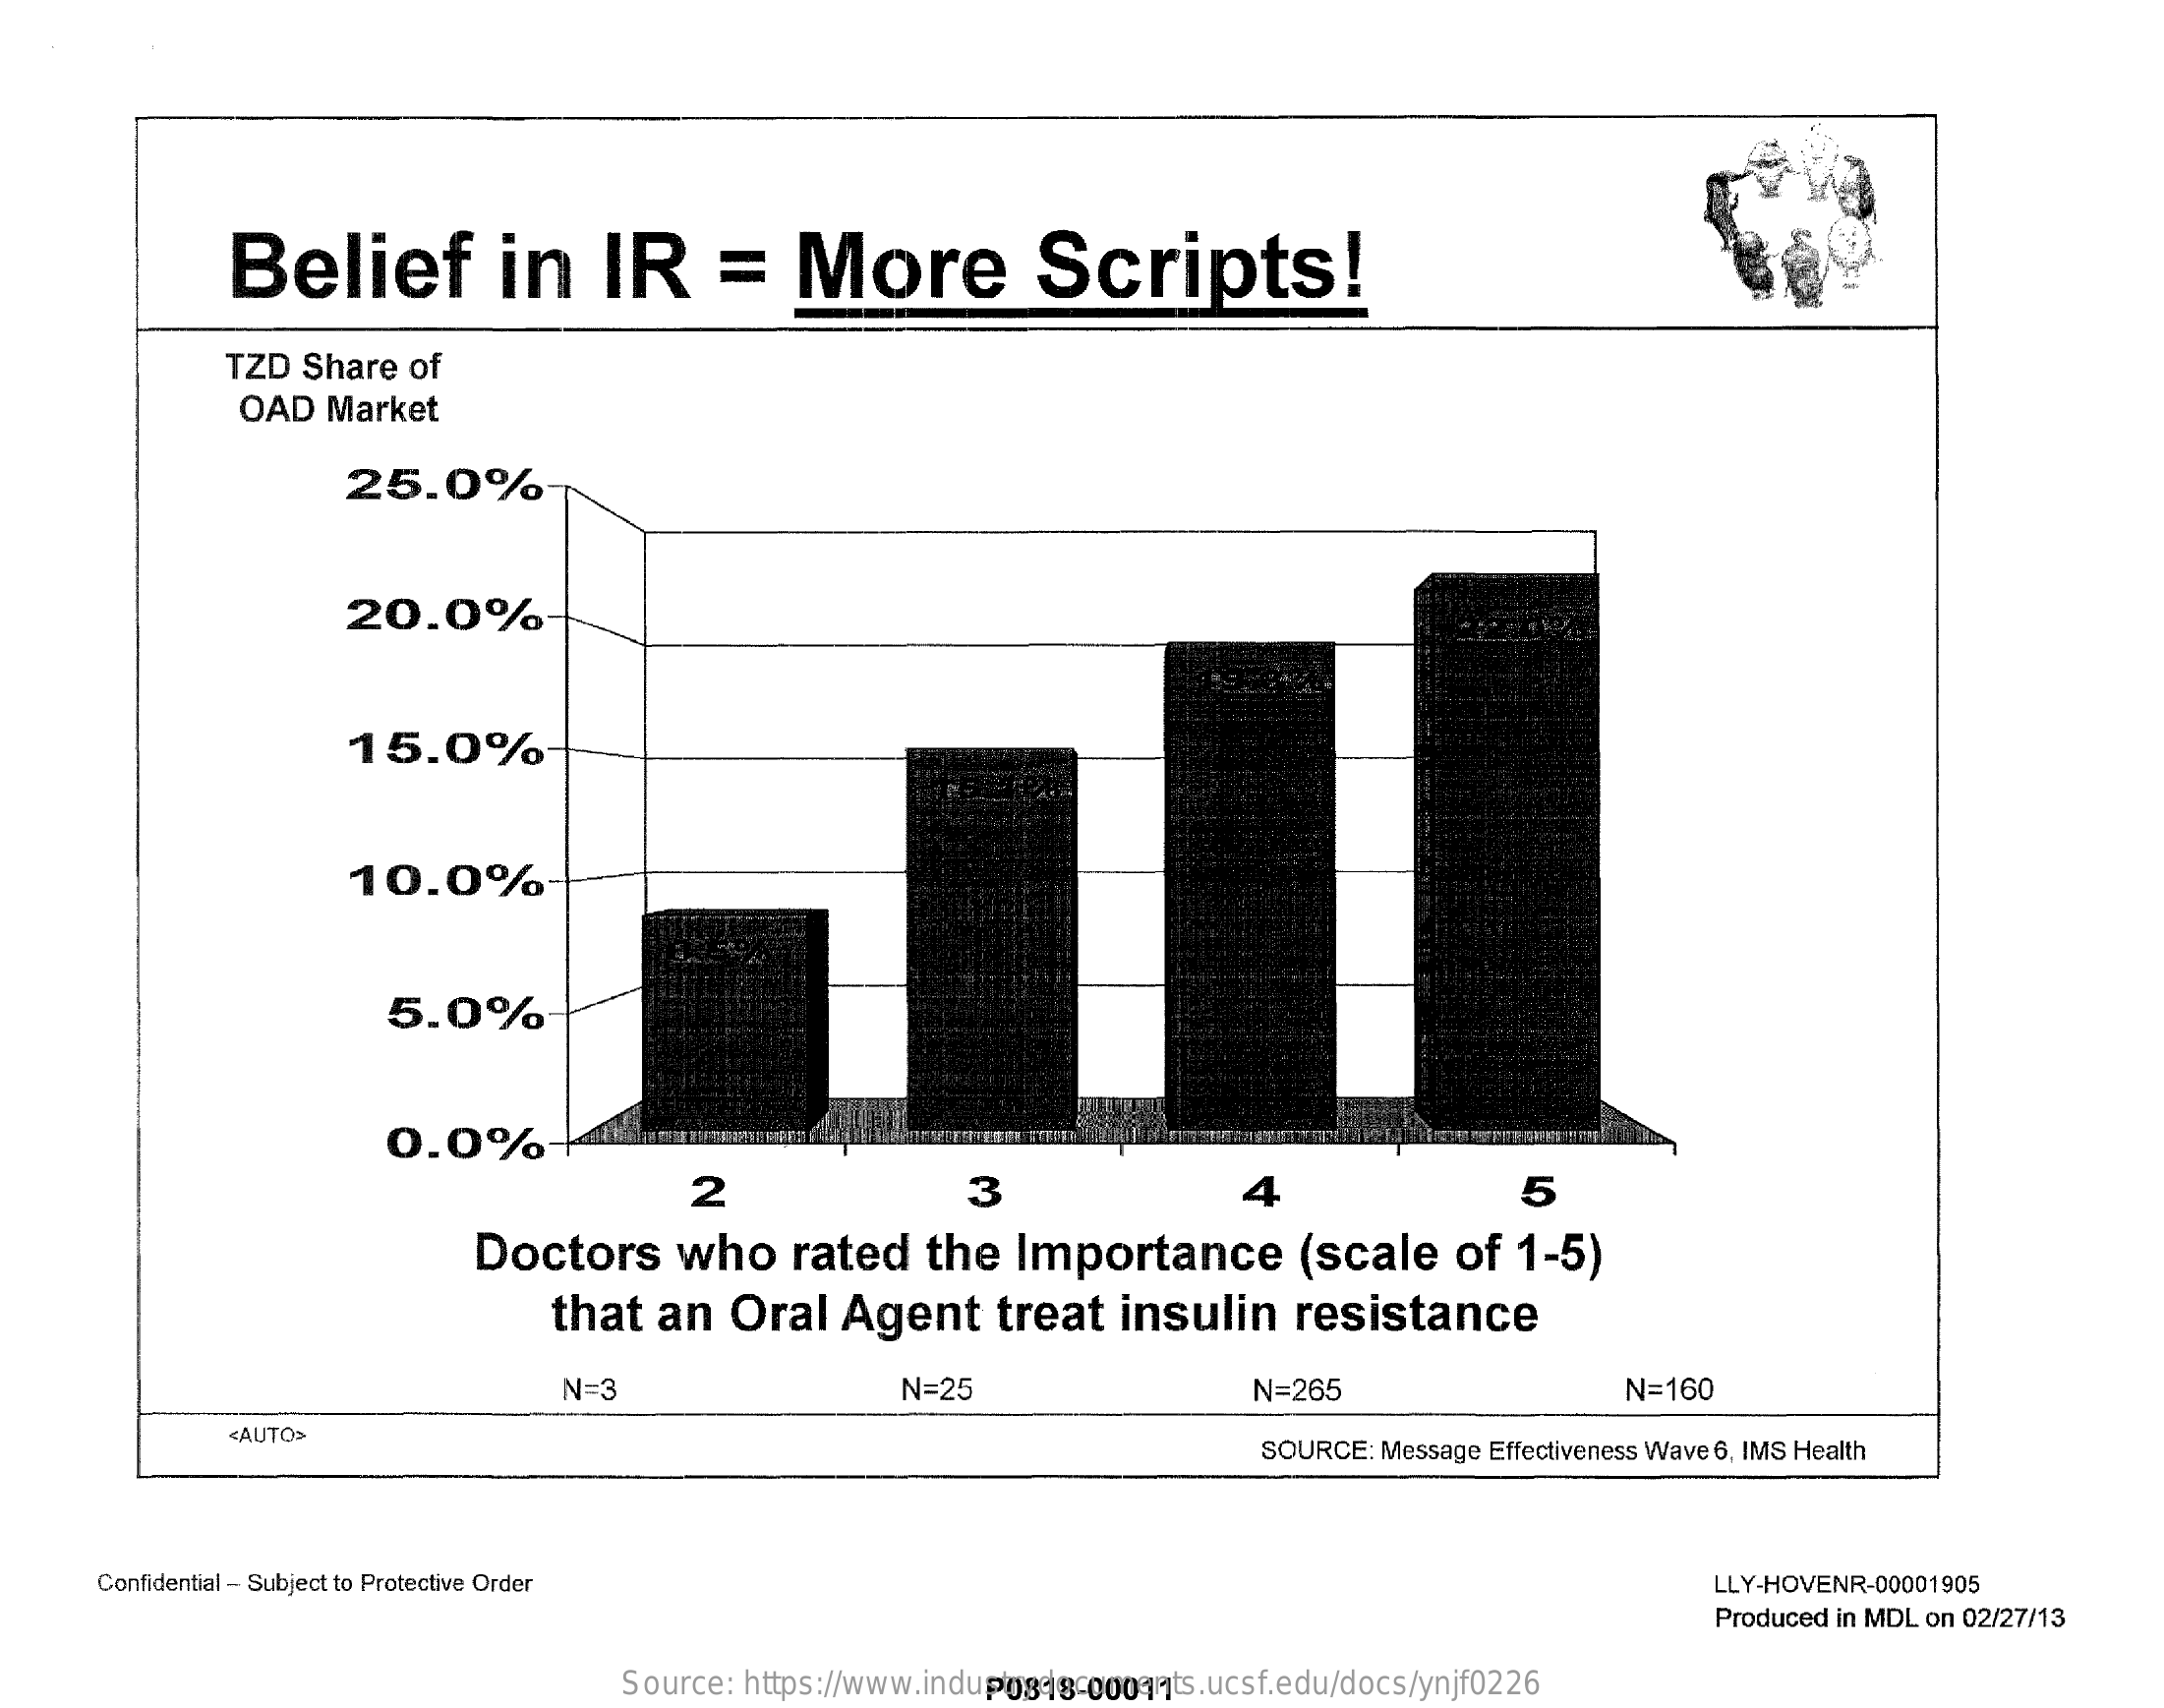
Belief    in    IR    =    More    Scripts!
     TZD  Share   of
     OAD   Market
     25.0%
     20.0%
     15.0%
     10.0%
     5.0%
     0.0%
     2    3    4    5
     Doctors    who    rated    the   Importance    (scale    of   1-5)
     that    an   Oral    Agent    treat    insulin    resistance
     N=3    N=25    N=265    N=160
     <AUTO>
     SOURCE: Message Effectiveness Wave 6, IMS Health
     Confidential - Subject to Protective Order    LLY-HOVENR-00001905
     Produced in MDL on 02/27/13
     Source:  https://www.industrydocuments.ucsf.edu/docs/ynjf0226 P0818-00011